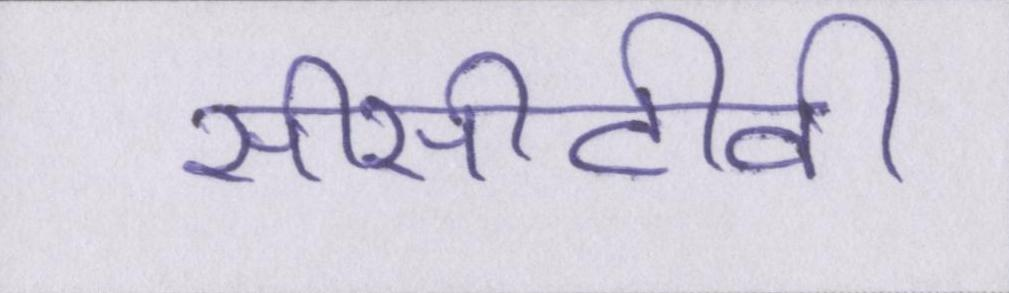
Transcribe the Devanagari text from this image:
सीसीटीवी